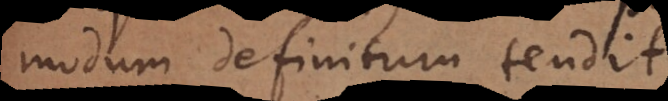
modum definitum tendit.